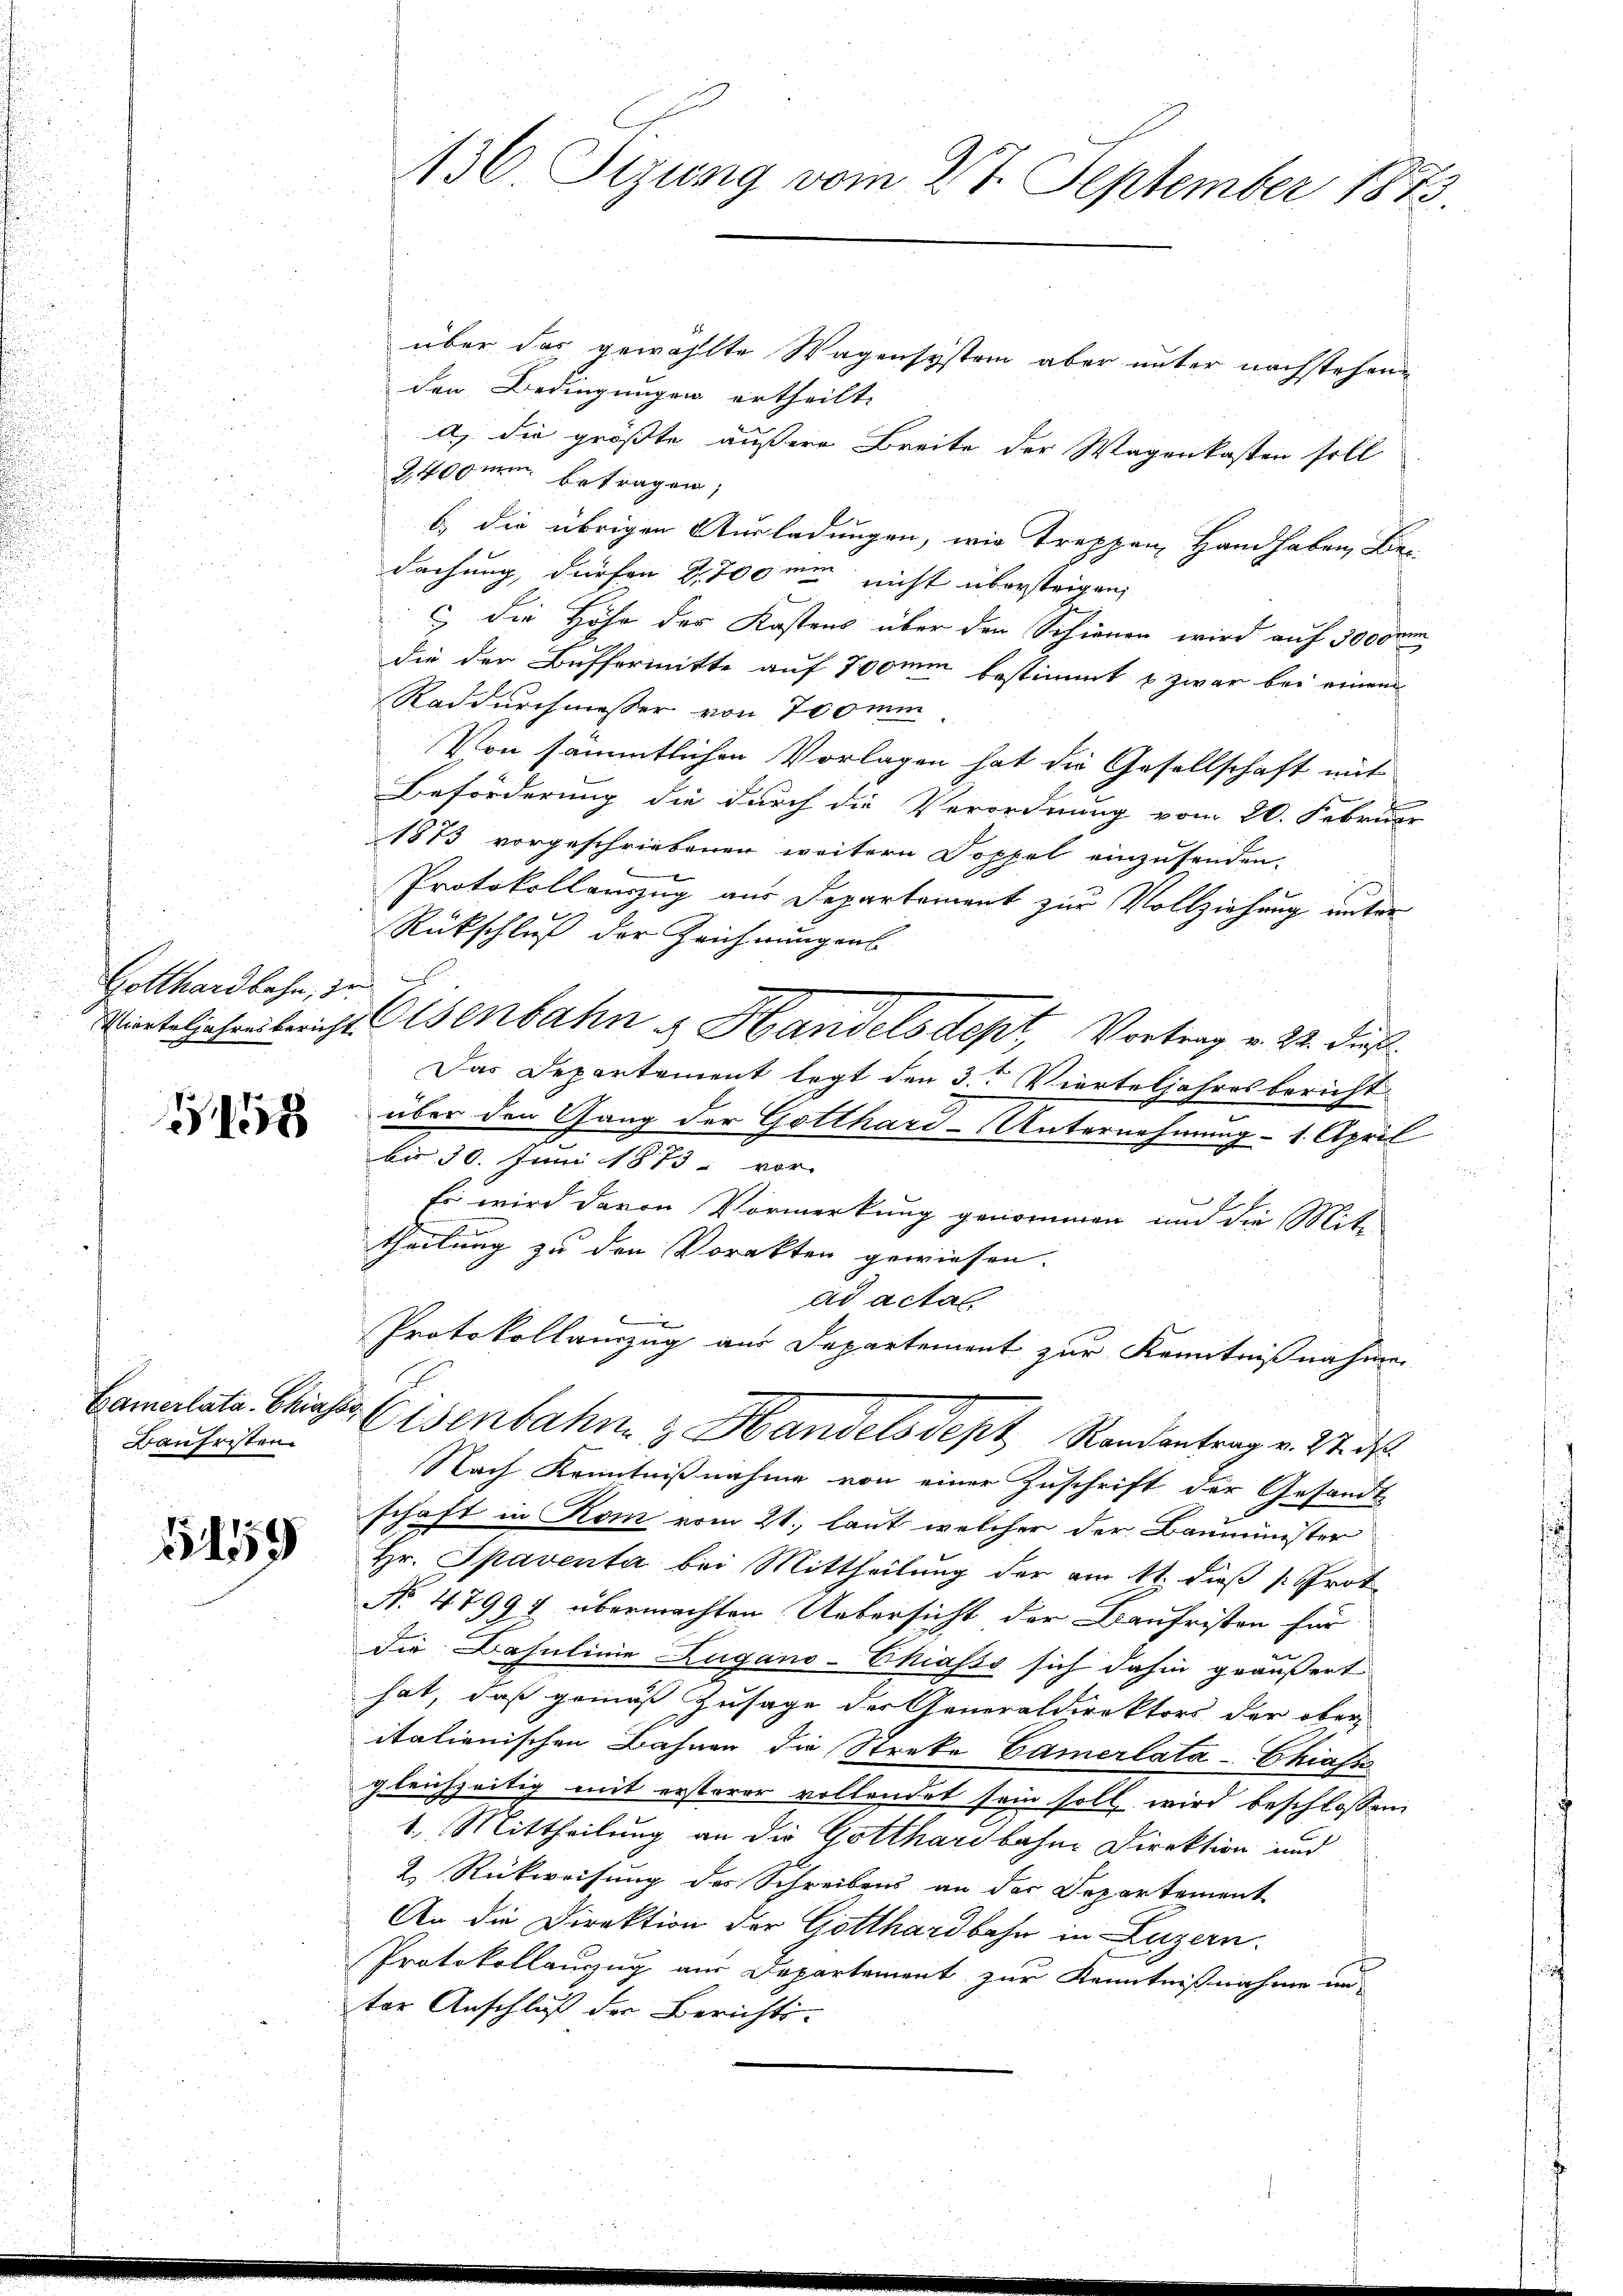
Gotthardbahn, zu s

1

Baufristen

5159

über das gewählte Wagensystem aber unter nachstehenden Bedingungen ertheilt.
a) die größte äußere Breite der Wagenkasten soll
240 zum betragen;
b die übrigen Ausladungen, wie trappen Handhaben, Ber
dachung dürfen 2,700 me nicht übersteigen,
c
c die Höhe der Kostens über den Schienen wird auf 3000 m
die der Buffermitte auf 700min bestimmt u zwar bei einem
Raddurchmesser von 700 mi
Von sämmtlichen Vorlagen hat die Gesellschaft mit
Beförderung die durch die Verordnung vom 20. Februar
1873 vorgeschriebenen weitern Doppel einzusenden.
Protokollauszug aus Departement zur Vollziehung unter
Rückschluß der Zeichnungens
Vierteljahresbericht Osenbahn & Handelsdept, Vortrag v. 22. dieß.
Das Departement legt den 3. Vierteljahresbericht
über den Gang der Gotthard-Unternehmung - 1. April
bis 30. Juni 1873 vor
Es wird davon Vormerkung genommen und die Mit-
theilung zu den Vorakten gewiesen.
ad actal
Protokollanzug aus Departement zur Kenntnißnahme
Camalata Chias Eisenbahnen & Handelsdept, Randantrag v. 27. d.
Nach Kenntnißnahme von einer Zuschrift der Gesandt
schaft in Kom vom 21. laut welcher der Bauminister
Hr. Spaventa bei Mittheilung der am 11. dieß p. Prot.
No 47997 übermachten Uebersicht der Baufristen für
die Basulinie Zugano-Chiasso sich dahin geäußert
hat, daß gemäß Zusage der Generaldirektors der ober-
itationischen Bahnen die Streke Camerlata-Chiassi
gleichzeitig mit ersterer vollendet sein soll wird beschlossen
1. Mittheilung an die Gotthardbahne Direktion und
2. Rückweisung des Schreibens an der Departement
An die Direktion der Gotthardbahn in Luzern.
Protokollauszug aus Departement zur Kenntnißnahme un
ter Anschluß der Berichts-

136. Sizung vom 27. September 1873.